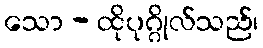
သော - ထိုပုဂ္ဂိုလ်သည်၊